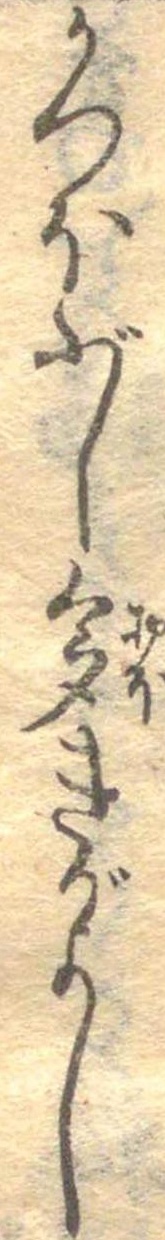
かつほぶし多きがよし